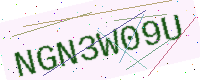
Text: NGN3W09U